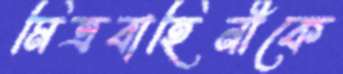
মিত্রবাহিনীকে